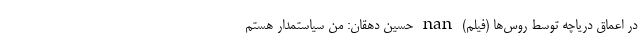
در اعماق دریاچه توسط روس‌ها (فیلم) nan حسین دهقان: من سیاستمدار هستم